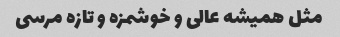
مثل همیشه عالی و خوشمزه و تازه مرسی